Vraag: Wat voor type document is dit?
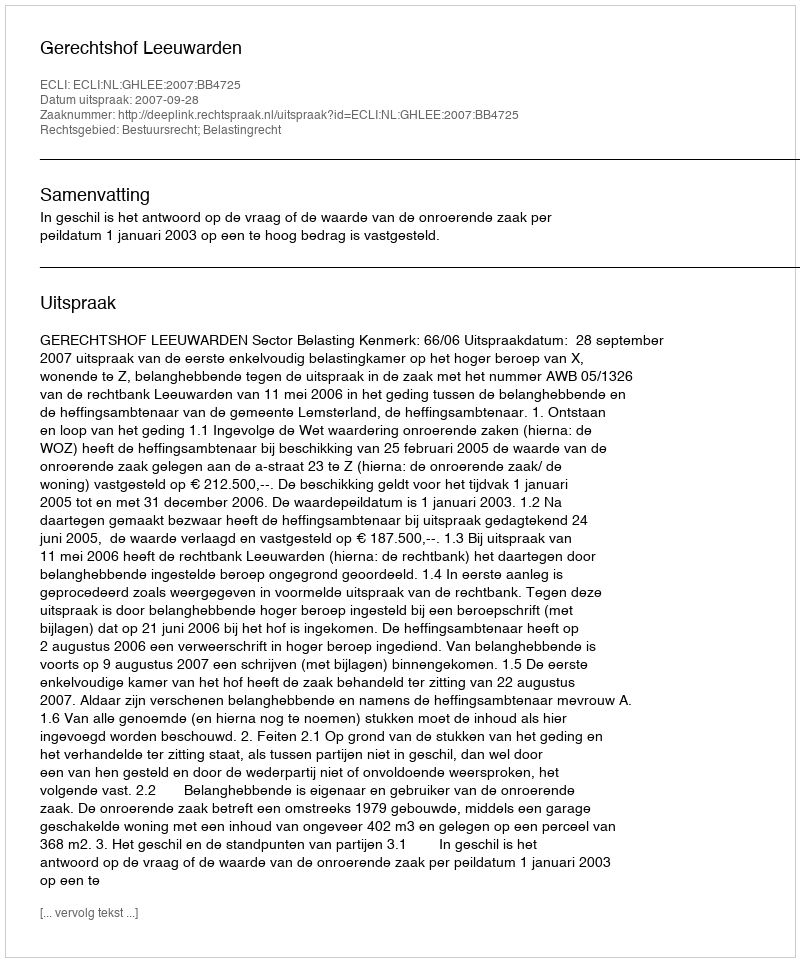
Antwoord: Uitspraak